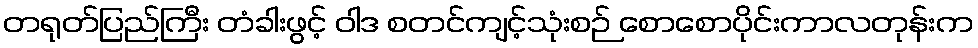
တရုတ်ပြည်ကြီး တံခါးဖွင့် ဝါဒ စတင်ကျင့်သုံးစဉ် စောစောပိုင်းကာလတုန်းက